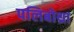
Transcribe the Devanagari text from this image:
पलिबोथ्रा